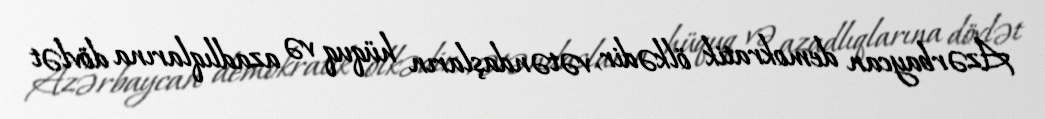
Azərbaycan demokratik ölkədir, vətəndaşların hüquq və azadlıqlarına dövlət